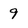
Character: 9